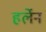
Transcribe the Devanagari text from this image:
हर्लेन